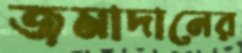
জমাদানের